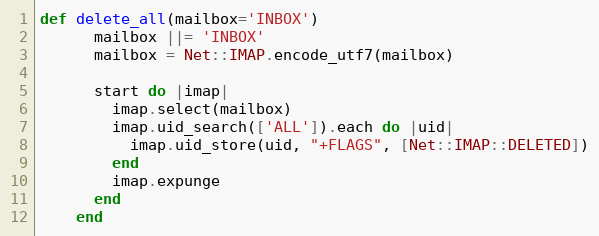
Language: Ruby
def delete_all(mailbox='INBOX')
      mailbox ||= 'INBOX'
      mailbox = Net::IMAP.encode_utf7(mailbox)

      start do |imap|
        imap.select(mailbox)
        imap.uid_search(['ALL']).each do |uid|
          imap.uid_store(uid, "+FLAGS", [Net::IMAP::DELETED])
        end
        imap.expunge
      end
    end